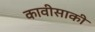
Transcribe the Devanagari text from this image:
कावीसाकी